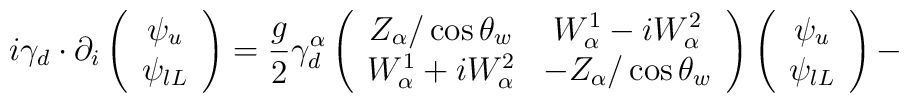
i\gamma _{d}\cdot \partial _{i}\left( \begin{array}{c}\psi _{u} \\ \psi _{lL}\end{array}\right) =\frac{g}{2}\gamma _{d}^{\alpha }\left( \begin{array}{cc}Z_{\alpha }/\cos \theta _{w} & W_{\alpha }^{1}-iW_{\alpha }^{2} \\ W_{\alpha }^{1}+iW_{\alpha }^{2} & -Z_{\alpha }/\cos \theta _{w}\end{array}\right) \left( \begin{array}{c}\psi _{u} \\ \psi _{lL}\end{array}\right) -